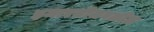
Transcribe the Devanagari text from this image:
इमारतीजवळील